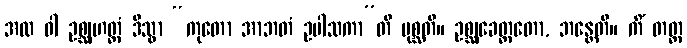
အထ ဝါ ဥစ္ဆုဟတ္ထံ ဒိသွာ “ကုတော အာဘတံ ဥပါသကာ”တိ ပုစ္ဆတိ။ ဥစ္ဆုခေတ္တတော, ဘန္တေတိ။ ကိံ တတ္ထ